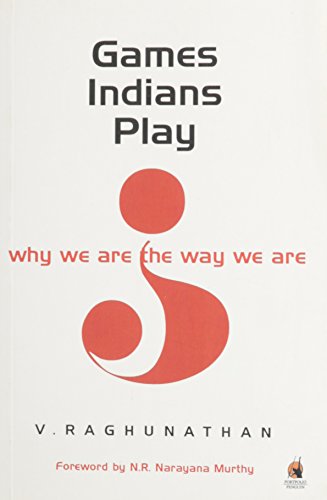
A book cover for Games Indians Play Why We are the Way We are; V. Raghunathan; Sports & Outdoors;